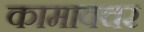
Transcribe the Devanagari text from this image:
कामावचर